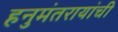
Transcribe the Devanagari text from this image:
हनुमंतरायांची